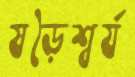
ষড়ৈশ্বর্য